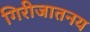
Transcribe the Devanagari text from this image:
गिरीजातनय